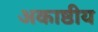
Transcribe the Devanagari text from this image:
अकाष्ठीय